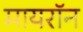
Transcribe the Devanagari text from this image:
मायरॉन